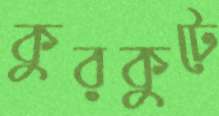
কুরকুটে